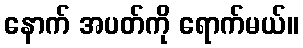
နောက် အပတ်ကို ရောက်မယ်။